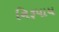
નિરૂપાય